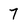
Character: 7